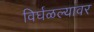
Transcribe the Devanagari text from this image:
विर्घळल्यावर